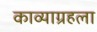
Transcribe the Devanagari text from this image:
काव्याग्रहला